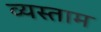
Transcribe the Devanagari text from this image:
व्यस्ताम